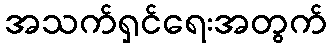
အသက်ရှင်ရေးအတွက်